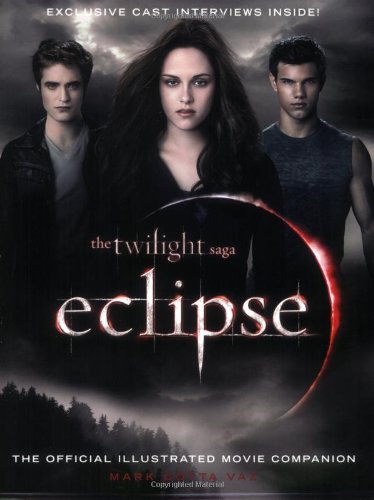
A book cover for The Twilight Saga Eclipse: The Official Illustrated Movie Companion; Mark Cotta Vaz; Teen & Young Adult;